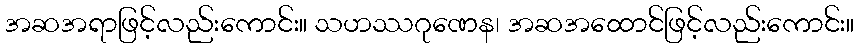
အဆအရာဖြင့်လည်းကောင်း။ သဟဿဂုဏေန၊ အဆအထောင်ဖြင့်လည်းကောင်း။